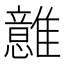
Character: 𩁈